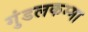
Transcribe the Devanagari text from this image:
गुंडलकम्मा